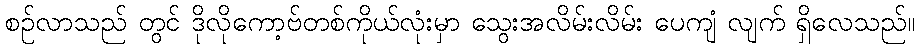
စဉ်လာသည် တွင် ဒိုလိုကော့ဗ်တစ်ကိုယ်လုံးမှာ သွေးအလိမ်းလိမ်း ပေကျံ လျက် ရှိလေသည်။